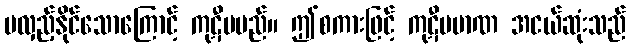
မလှည့်နိုင်သောကြောင့် ကုဋီမမည်။ ဤစကားဖြင့် ကုဋီပမာဏ အငယ်ဆုံးသည်